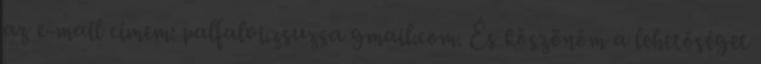
az e-mail címem: palfalvi.zsuzsa gmail.com. És köszönöm a lehetőséget